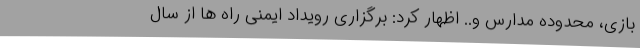
بازی، محدوده مدارس و.. اظهار کرد: برگزاری رویداد ایمنی راه ها از سال